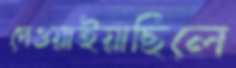
দেওয়াইয়াছিলে